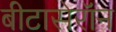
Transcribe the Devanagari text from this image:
बीटासेरॉन